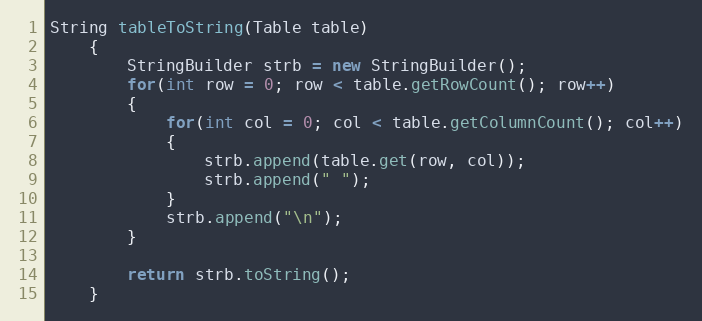
Language: Java
String tableToString(Table table)
    {
    	StringBuilder strb = new StringBuilder();
    	for(int row = 0; row < table.getRowCount(); row++)
    	{
    		for(int col = 0; col < table.getColumnCount(); col++)
    		{
    			strb.append(table.get(row, col));
    			strb.append(" ");
    		}
    		strb.append("\n");
    	}

    	return strb.toString();
    }